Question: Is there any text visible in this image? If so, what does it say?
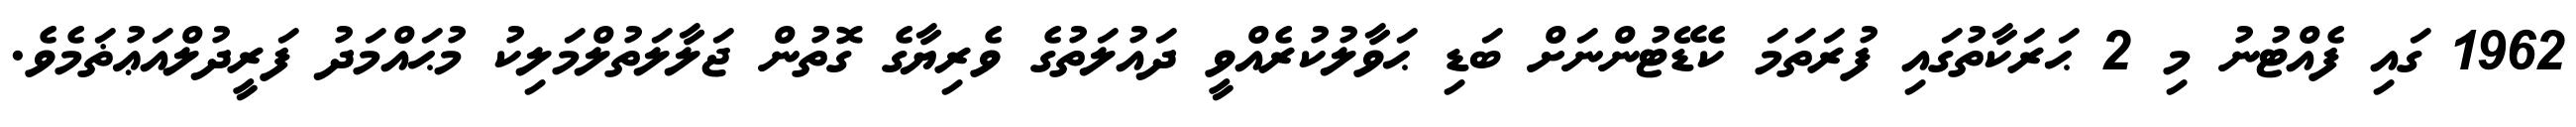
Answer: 1962 ގައި ފެއްޓުނު މި 2 ޙަރަކާތުގައި ފުރަތަމަ ކެޑޭޓުންނަށް ބަޑި ޙަވާލުކުރެއްވީ ދައުލަތުގެ ވެރިޔާގެ ގޮތުން ޖަލާލަތުލްމަލިކު މުޙައްމަދު ފަރީދުލްއަޢުޡަމެވެ.